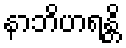
နာဘိဟရန္တိ